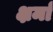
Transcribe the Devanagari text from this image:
क्षर्मा